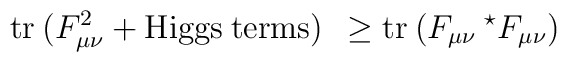
\mbox{tr}\: (F_{\mu \nu}^2 +{\rm Higgs\: terms})\: \: \ge\mbox{tr}\: (F_{\mu \nu}\: ^{\star} F_{\mu \nu})